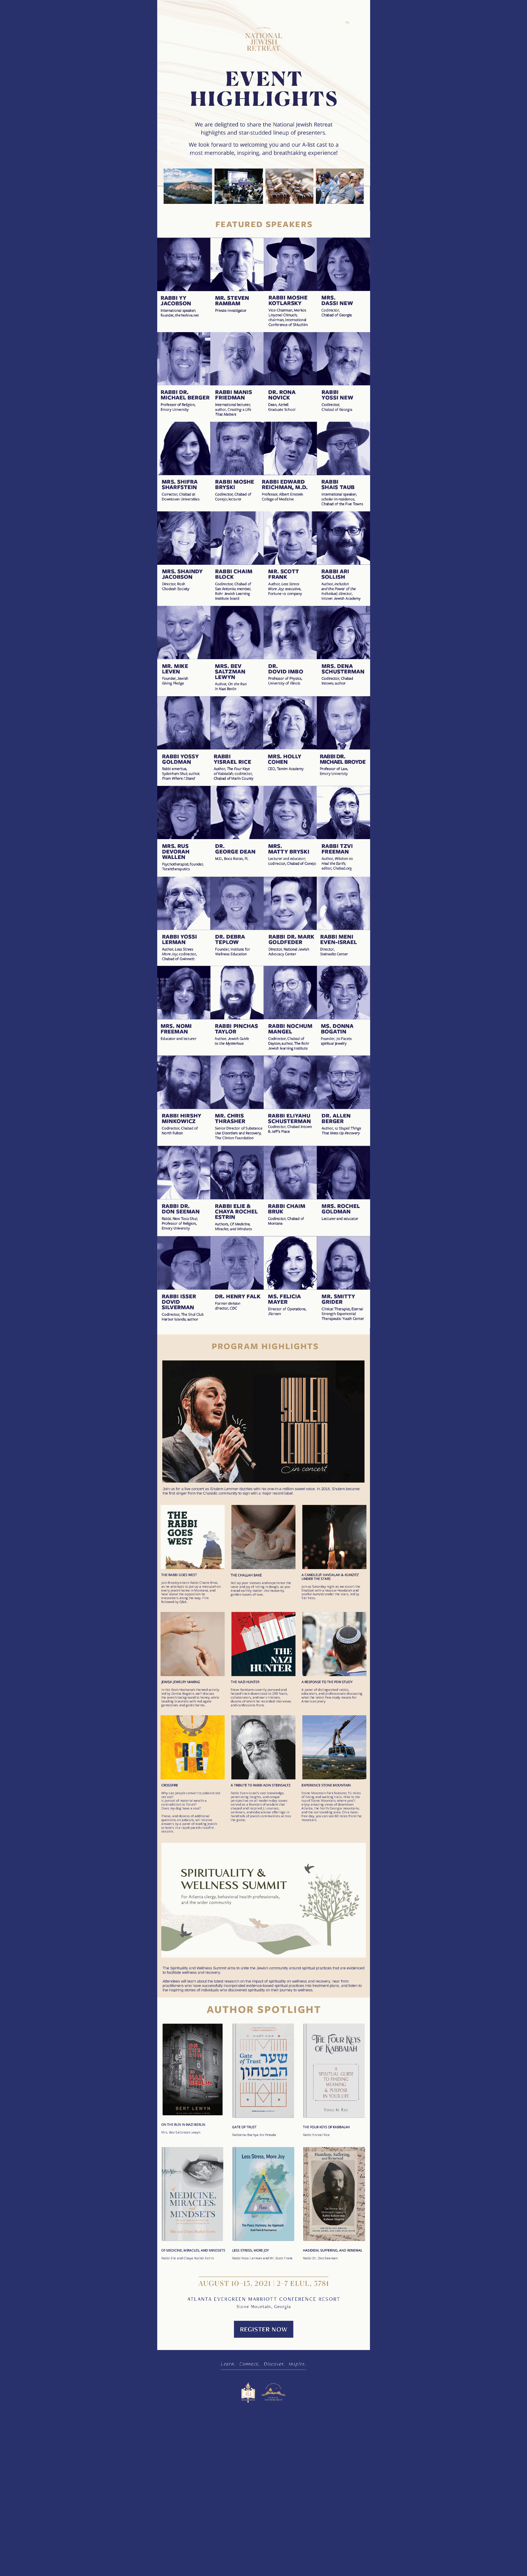
Join us for a live concert as Shulem Lemmer dazzles with his one-in-a-million sweet voice. In 2018, Shulem became
 the first singer from the Chasidic community to sign with a major record label.
 THE RABBI GOES WEST       THE CHALLAH BAKE           A CANDLELIT HAVDALAH & KUMZITZ
 UNDER THE STARS
 Join Brooklyn-born Rabbi Chaim Bruk, Roll up your sleeves and experience the
 as he attempts to put up a mezuzah on taste and joy of rolling in dough, as you Join us Saturday night as we escort the
 every Jewish home in Montana, and knead earthly matter into heavenly, Shabbat with a musical Havdalah and
 hear about the opposition he golden loaves of love.  soulful kumzitz under the stars, led by
 encounters along the way. Film                       Tali Yess.
 followed by Q&A.
 JEWISH JEWELRY MAKING     THE NAZI HUNTER            A RESPONSE TO THE PEW STUDY
 In this Rosh Hashanah themed activity Steve Rambam covertly pursued and A panel of distinguished rabbis,
 led by Donna Bogatin, we’ll discuss helped track down close to 200 Nazis, educators, and professionals discussing
 the Jewish background to honey, while collaborators, and war criminals, what the latest Pew study means for
 beading bracelets with red agate dozens of which he recorded interviews American Jewry
 gemstones and gold charms. and confessions from.
 CROSSFIRE                 A TRIBUTE TO RABBI ADIN STEINSALTZ EXPERIENCE STONE MOUNTAIN
 Why can people convert to Judaism but Rabbi Even-Israel’s vast knowledge, Stone Mountain Park features 15 miles
 not out?                  penetrating insights, and unique of hiking and walking trails. Hike to the
 Is pursuit of material wealth a perspective on all modern-day issues top of Stone Mountain, where you'll
 contradiction to Torah?   served as a fountain of wisdom that enjoy amazing views of downtown
 Does my dog have a soul?  shaped and inspired JLI courses, Atlanta, the North Georgia mountains,
 seminars, and educational oerings in and the surrounding area. On a haze-
 These, and dozens of additional hundreds of Jewish communities across free day, you can see 60 miles from the
 questions on Judaism, will receive the globe.        mountain.
 answers by a panel of leading Jewish
 scholars in a rapid-paced crossre
 session.
 The Spirituality and Wellness Summit aims to unite the Jewish community around spiritual practices that are evidenced
 to facilitate wellness and recovery.
 Attendees will learn about the latest research on the impact of spirituality on wellness and recovery, hear from
 practitioners who have successfully incorporated evidence-based spiritual practices into treatment plans, and listen to
 the inspiring stories of individuals who discovered spirituality on their journey to wellness.
 ON THE RUN IN NAZI BERLIN
 GATE OF TRUST              THE FOUR KEYS OF KABBALAH
 Mrs. Bev Saltzman Lewyn
 Rabbeinu Bachya ibn Pekuda Rabbi Yisroel Rice
 OF MEDICINE, MIRACLES, AND MINDSETS LESS STRESS, MORE JOY HASIDISM, SUFFERING, AND RENEWAL
 Rabbi Elie and Chaya Rochel Estrin Rabbi Yossi Lerman and Mr. Scott Frank Rabbi Dr. Don Seeman